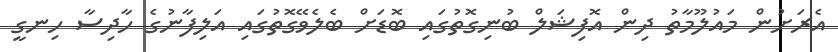
އެރަށުން މައުލޫމާތު ދިން އޮފިޝަލް ބުނިގޮތުގައި ބޮޑަށް ބެލެވޭގޮތުގައި އަލިފާނުގެ ހާދިސާ ހިނގީ